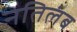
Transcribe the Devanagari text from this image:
नतिलंब